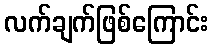
လက်ချက်ဖြစ်ကြောင်း